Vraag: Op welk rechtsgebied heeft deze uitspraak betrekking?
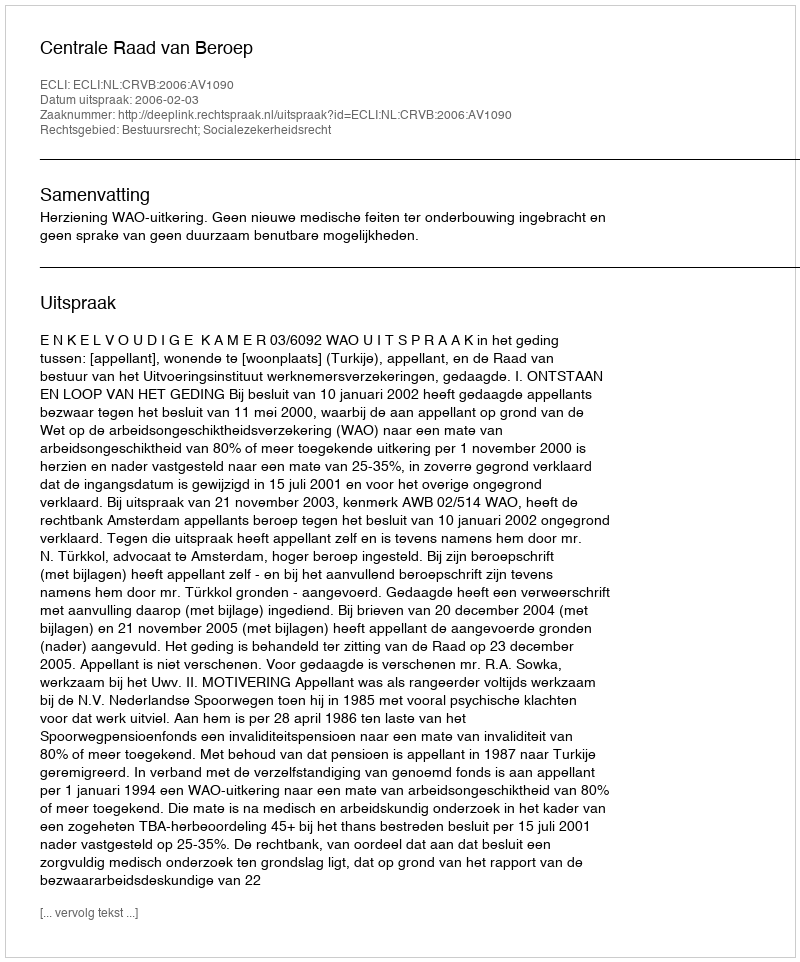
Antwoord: Bestuursrecht; Socialezekerheidsrecht